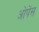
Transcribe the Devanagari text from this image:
ओपेंस